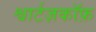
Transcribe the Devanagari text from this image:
श्वार्टज़कॉफ़